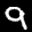
Label: 9